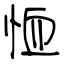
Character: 恤